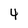
Character: 4